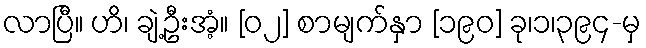
လာပြီ။ ဟိ၊ ချဲ့ဦးအံ့။ [၀၂] စာမျက်နှာ [၁၉၀] ခု၊၁၊၃၉၄-မှ